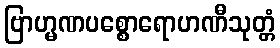
ဗြာဟ္မဏပစ္စောရောဟဏီသုတ္တံ